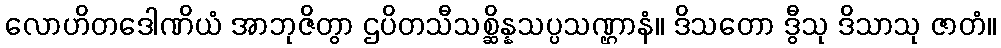
လောဟိတဒေါဏိယံ အာဘုဇိတွာ ဌပိတသီသစ္ဆိန္နသပ္ပသဏ္ဌာနံ။ ဒိသတော ဒွီသု ဒိသာသု ဇာတံ။